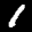
Label: 1